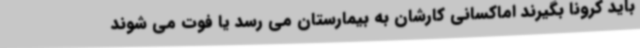
باید کرونا بگیرند اماکسانی کارشان به بیمارستان می رسد یا فوت می شوند